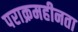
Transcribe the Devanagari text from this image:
पराक्रमहीनता